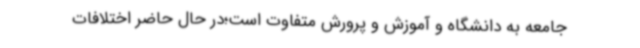
جامعه به دانشگاه و آموزش و پرورش متفاوت است؛در حال حاضر اختلافات